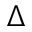
\Delta